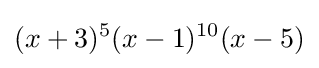
(x+3)^{5}(x-1)^{10}(x-5)